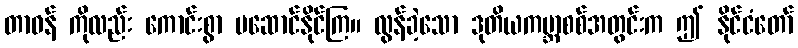
တာဝန် ကိုလည်း ကောင်းစွာ မဆောင်နိုင်ကြ။ လွန်ခဲ့သော ဒုတိယကမ္ဘာစစ်အတွင်းက ဤ နိုင်ငံတော်